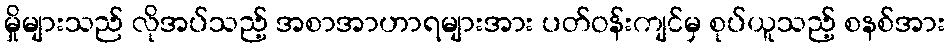
မှိုများသည် လိုအပ်သည့် အစာအာဟာရများအား ပတ်ဝန်းကျင်မှ စုပ်ယူသည့် စနစ်အား